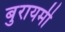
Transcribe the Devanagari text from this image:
बुरायमी